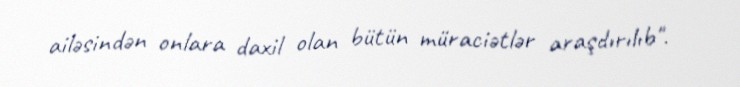
ailəsindən onlara daxil olan bütün müraciətlər araşdırılıb".